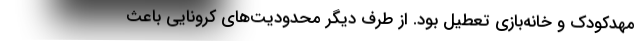
مهدکودک و خانه‌بازی تعطیل بود. از طرف دیگر محدودیت‌های کرونایی باعث